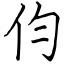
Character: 伨